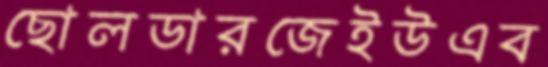
ছোলডারজেইউএব